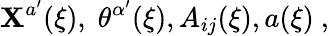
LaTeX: \mathbf{X}^{a^{\prime}}(\xi),\; \theta^{\alpha^{\prime}}(\xi),A_{ij}(\xi),a(\xi)\ ,